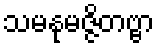
သမနုမဇ္ဇိတဗ္ဗာ